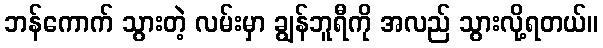
ဘန်ကောက် သွားတဲ့ လမ်းမှာ ချွန်ဘူရီကို အလည် သွားလို့ရတယ်။